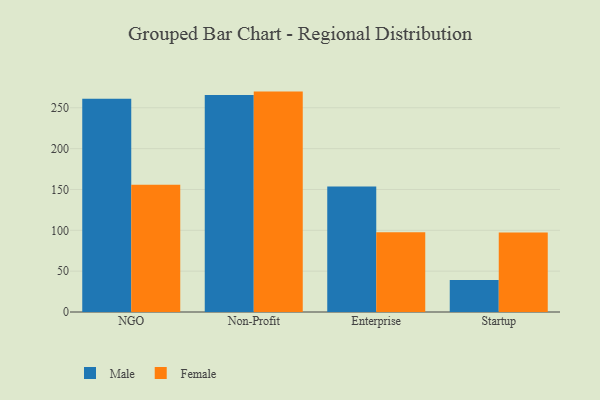
{"axis": {"x": "Segment", "y": "Churn Rate (%)"}, "legend": ["Female", "Male"], "data": [{"x": "NGO", "y": 261.0, "type": "Male"}, {"x": "NGO", "y": 155.9, "type": "Female"}, {"x": "Non-Profit", "y": 265.6, "type": "Male"}, {"x": "Non-Profit", "y": 269.8, "type": "Female"}, {"x": "Enterprise", "y": 153.6, "type": "Male"}, {"x": "Enterprise", "y": 97.5, "type": "Female"}, {"x": "Startup", "y": 39.3, "type": "Male"}, {"x": "Startup", "y": 97.2, "type": "Female"}]}